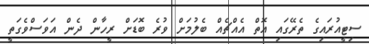
ސިޓީއުރައިގެ ތެރޭގައި އޮތް އެއްޗެއް ބެލުމަށް ވުރެ ބޮޑަށް ރީހާން ދެން އަވަސްވެގަތީ